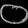
Digit: ၀